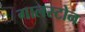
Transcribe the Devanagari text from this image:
गालस्टोन